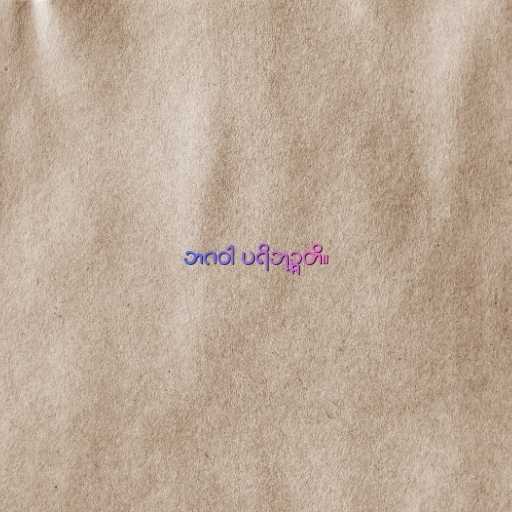
ဘဂဝါ ပရိဘုဉ္ဇတိ။